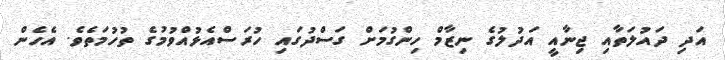
އަދި ދައުލަތާއި ޖިނާއީ އަދުލުގެ ނިޒާމް ހިންގުމަށް ގަސްދުގައި ހުރަސްއެޅުއްވުމުގެ ތުހުމަތެވެ. އެހެން